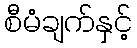
စီမံချက်နှင့်